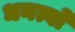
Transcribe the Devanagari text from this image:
धनत्वों